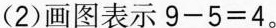
(2)画图表示$$9 - 5 = 4$$。